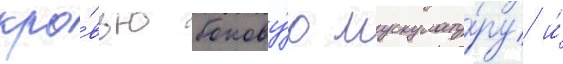
кро́вью бокову́ю мускулату́ру и́